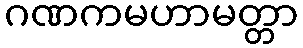
ဂဏကမဟာမတ္တာ